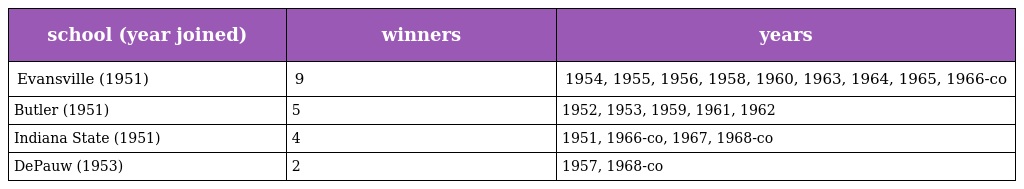
| school (year joined) | winners | years |
 | --- | --- | --- |
 | Evansville (1951) | 9 | 1954, 1955, 1956, 1958, 1960, 1963, 1964, 1965, 1966-co |
 | Butler (1951) | 5 | 1952, 1953, 1959, 1961, 1962 |
 | Indiana State (1951) | 4 | 1951, 1966-co, 1967, 1968-co |
 | DePauw (1953) | 2 | 1957, 1968-co |